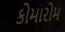
કોમારોમ